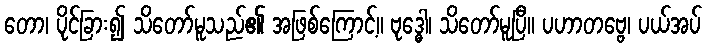
တော၊ ပိုင်ခြား၍ သိတော်မူသည်၏ အဖြစ်ကြောင့်။ ဗုဒ္ဓေါ၊ သိတော်မူပြီ။ ပဟာတဗ္ဗေ၊ ပယ်အပ်